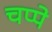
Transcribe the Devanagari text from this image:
चप्पे